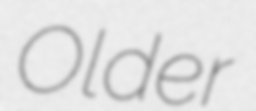
Older